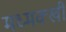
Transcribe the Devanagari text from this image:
मध्मक्खी